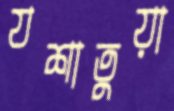
যশাতুয়া